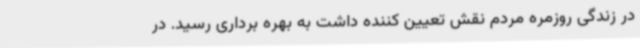
در زندگی روزمره مردم نقش تعیین کننده داشت به بهره برداری رسید. در